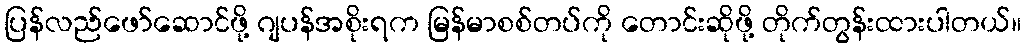
ပြန်လည်ဖော်ဆောင်ဖို့ ဂျပန်အစိုးရက မြန်မာစစ်တပ်ကို တောင်းဆိုဖို့ တိုက်တွန်းထားပါတယ်။